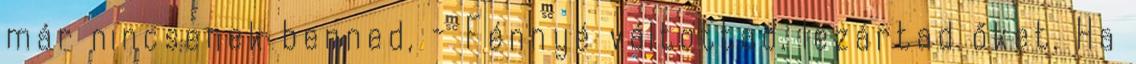
már nincsenek benned, - Fénnyé váltottad, lezártad őket. Ha